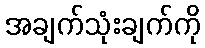
အချက်သုံးချက်ကို